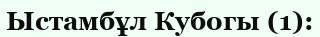
Ыстамбұл Кубогы (1):